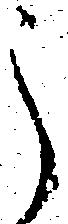
之